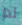
لم